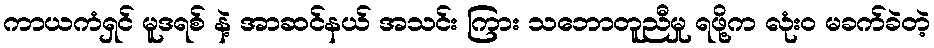
ကာယကံရှင် မူဒရစ် နဲ့ အာဆင်နယ် အသင်း ကြား သဘောတူညီမှု ရဖို့က လုံးဝ မခက်ခဲတဲ့